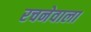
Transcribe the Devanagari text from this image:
रचनेवाला